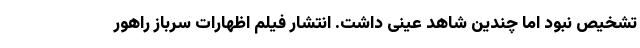
تشخیص نبود اما چندین شاهد عینی داشت. انتشار فیلم اظهارات سرباز راهور